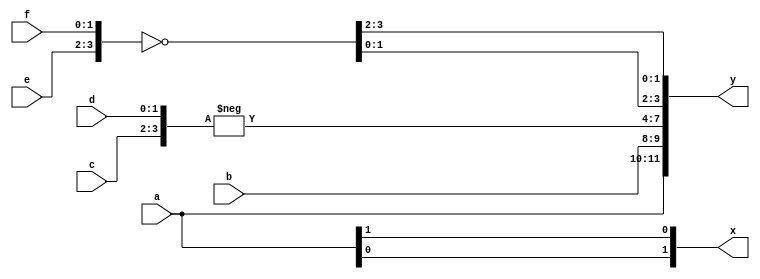
module splice_demo(a, b, c, d, e, f, x, y);

input [1:0] a, b, c, d, e, f;
output [1:0] x = {a[0], a[1]};

output [11:0] y;
assign {y[11:4], y[1:0], y[3:2]} =
                {a, b, -{c, d}, ~{e, f}};

endmodule